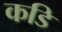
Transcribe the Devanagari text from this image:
कडि